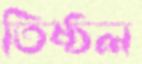
তিষ্ঠল